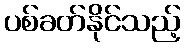
ပစ်ခတ်နိုင်သည့်